Rangoon Lunatic Asylum 1893-1897 - 1893-1897
Year: 1893
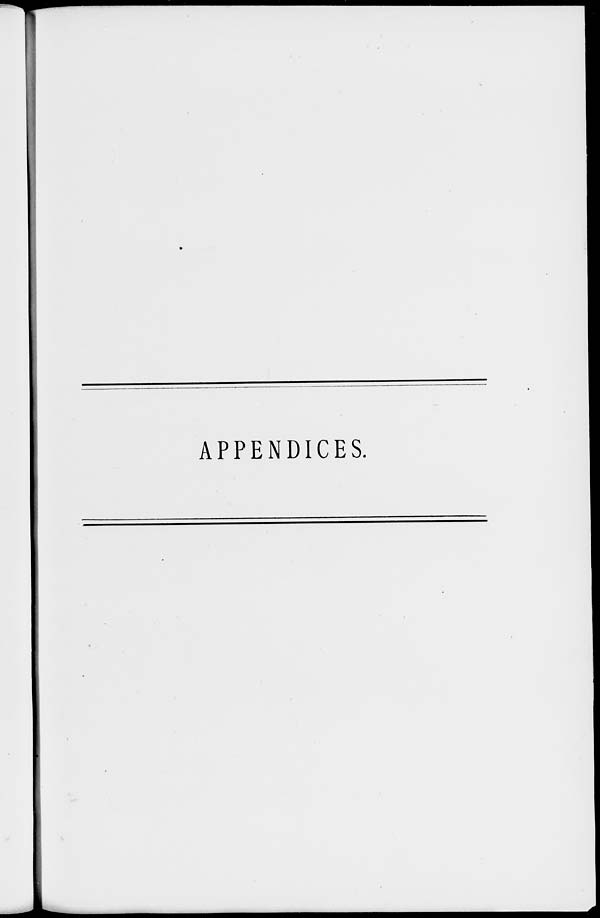
APPENDICES.